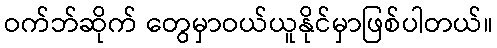
ဝက်ဘ်ဆိုက် တွေမှာဝယ်ယူနိုင်မှာဖြစ်ပါတယ်။